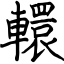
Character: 轘